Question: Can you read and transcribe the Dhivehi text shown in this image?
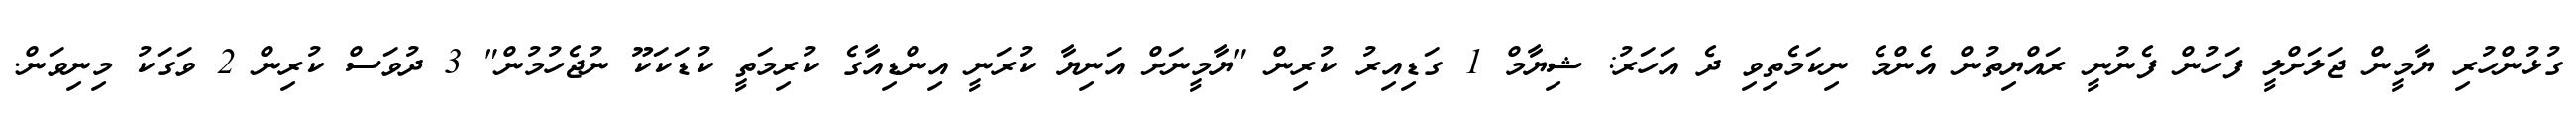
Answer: ގުޅުންހުރި ޔާމީން ޖަލަށްލީ ފަހުން ފެނުނީ ރައްޔިތުން އެންމެ ނިކަމެތިވި ދެ އަހަރު: ޝިޔާމް 1 ގަޑިއިރު ކުރިން "ޔާމީނަށް އަނިޔާ ކުރަނީ އިންޑިއާގެ ކުރިމަތީ ކުޑަކަކޫ ނުޖެހުމުން" 3 ދުވަސް ކުރިން 2 ވަގަކު މިނިވަން.